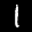
Label: 1